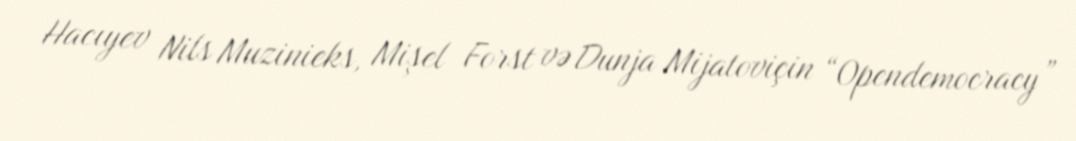
Hacıyev Nils Muzinieks, Mişel Forst və Dunja Mijatoviçin “Opendemocracy”